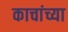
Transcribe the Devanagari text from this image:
काचांच्या